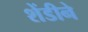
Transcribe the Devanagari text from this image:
शेंडीने